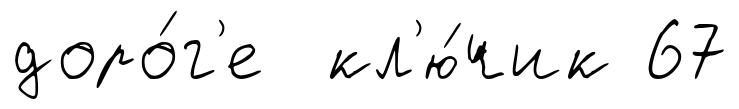
доро́г'е кл'ю́чик 67